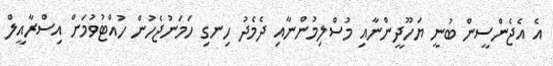
އެ އެޖެންސީން ބުނީ ޔަހޫދީންނާއި މުސްލިމުންނާއި ދެމެދު ހިނގި ހަމަނުޖެހުން ހުއްޓުވުމަށް އިސްރާއީލް